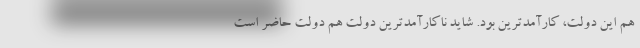
هم این دولت، کارآمدترین بود. شاید ناکارآمدترین دولت هم دولت حاضر است